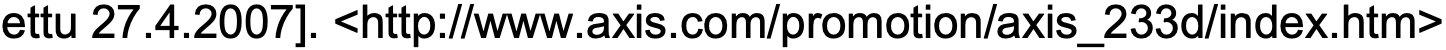
ettu 27.4.2007]. <http://www.axis.com/promotion/axis_233d/index.htm>